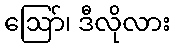
ဩော်၊ ဒီလိုလား